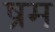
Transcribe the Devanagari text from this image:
ष्रम